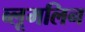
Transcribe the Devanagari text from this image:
ब्लूमलिन